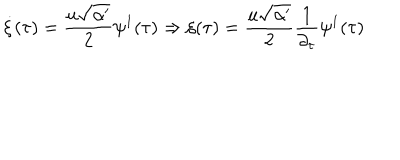
\dot { \xi } ( \tau ) = \frac { u \sqrt { \alpha ^ { \prime } } } { 2 } \psi ^ { 1 } ( \tau ) \Rightarrow \xi ( \tau ) = \frac { u \sqrt { \alpha ^ { \prime } } } { 2 } \frac { 1 } { \partial _ { \tau } } \psi ^ { 1 } ( \tau )